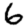
Digit: 6